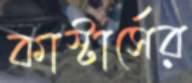
কাস্টার্সের